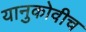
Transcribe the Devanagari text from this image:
यानुकोवीच